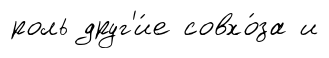
роль друг'и́е совхо́за и